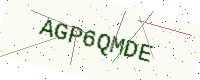
Text: AGP6QMDE